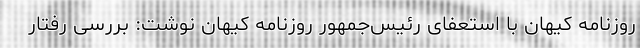
روزنامه کیهان با استعفای رئیس‌جمهور روزنامه کیهان نوشت: بررسی رفتار